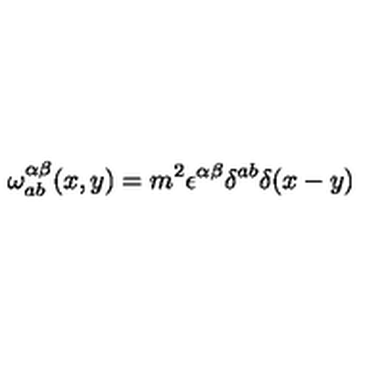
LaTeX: \omega _ { a b } ^ { \alpha \beta } ( x , y ) = m ^ { 2 } \epsilon ^ { \alpha \beta } \delta ^ { a b } \delta ( x - y )